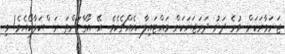
ޖަނަވާރަކަށް ވުރެ ދަށު ދަރަޖަޔަކަށް ވައްޓައިލާ އެއްޗެކެވެ. އޭ އޯގާވަންތަ ރަސްކަލާކޯއެވެ! މި